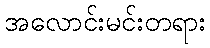
အလောင်းမင်းတရား